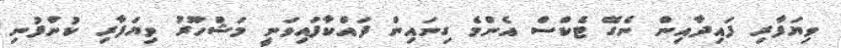
ވިޔަފާރި ފައިދާއިން ނެގޭ ޓެކްސް އެންމެ ގިނައިން ދައްކާފައިވަނީ މަޝްހޫރު ވިޔަފާރި ކުންފުނި